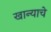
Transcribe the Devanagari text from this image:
खान्याचे